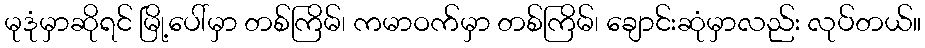
မုဒုံမှာဆိုရင် မြို့ပေါ်မှာ တစ်ကြိမ်၊ ကမာဝက်မှာ တစ်ကြိမ်၊ ချောင်းဆုံမှာလည်း လုပ်တယ်။